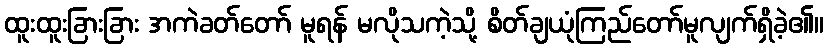
ထူးထူးခြားခြား အကဲခတ်တော် မူရန် မလိုသကဲ့သို့ စိတ်ချယုံကြည်တော်မူလျက်ရှိခဲ့၏။